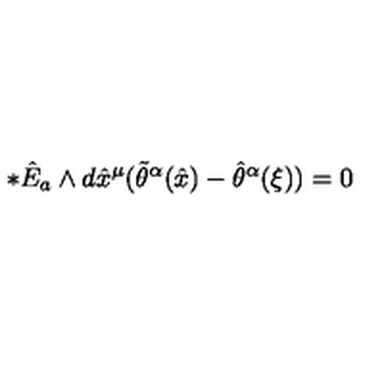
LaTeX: * \hat { E } _ { a } \wedge d \hat { x } ^ { \mu } ( \tilde { \theta } ^ { { \alpha } } ( \hat { x } ) - \hat { \theta } ^ { { \alpha } } ( \xi ) ) = 0